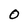
Character: O